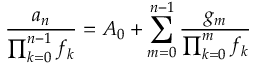
{ \frac { a _ { n } } { \prod _ { k = 0 } ^ { n - 1 } f _ { k } } } = A _ { 0 } + \sum _ { m = 0 } ^ { n - 1 } { \frac { g _ { m } } { \prod _ { k = 0 } ^ { m } f _ { k } } }